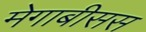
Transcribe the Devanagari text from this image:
मेगाबीसस